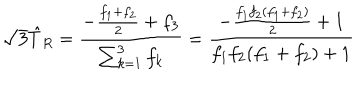
\sqrt { 3 } \hat { T } _ { R } = { \frac { - { \frac { f _ { 1 } + f _ { 2 } } { 2 } } + f _ { 3 } } { \sum _ { k = 1 } ^ { 3 } f _ { k } } } = { \frac { - { \frac { f _ { 1 } f _ { 2 } ( f _ { 1 } + f _ { 2 } ) } { 2 } } + 1 } { f _ { 1 } f _ { 2 } ( f _ { 1 } + f _ { 2 } ) + 1 } }